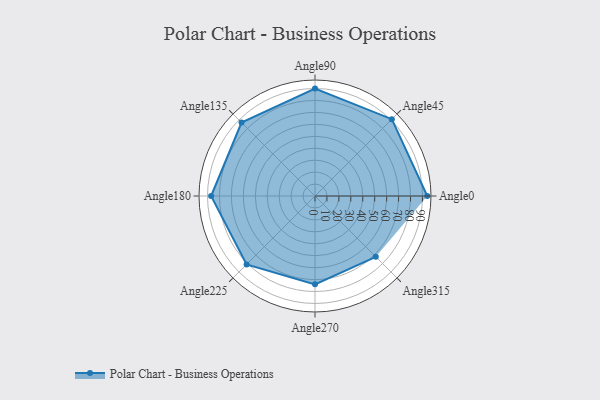
{"axis": {"x": "Angle", "y": "Radius"}, "legend": [""], "data": [{"x": "Angle0", "y": 94.0, "type": ""}, {"x": "Angle45", "y": 91.0, "type": ""}, {"x": "Angle90", "y": 90.0, "type": ""}, {"x": "Angle135", "y": 87.0, "type": ""}, {"x": "Angle180", "y": 87.0, "type": ""}, {"x": "Angle225", "y": 81.0, "type": ""}, {"x": "Angle270", "y": 74.0, "type": ""}, {"x": "Angle315", "y": 72.0, "type": ""}]}